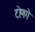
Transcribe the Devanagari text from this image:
टोणगे